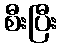
စီးပြီး